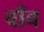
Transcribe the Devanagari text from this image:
वाँव